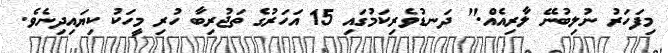
މިފަހަރު ނުލިބުނޭ ލާރިއެއް." ދަނޑުވެރިކަމުގައި 15 އަހަރުގެ ތަޖުރިބާ ހުރި މީހަކު ކިޔައިދިނެވެ.